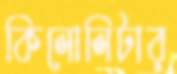
কিলোলিটার